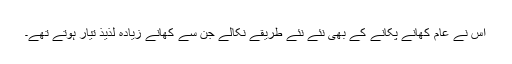
اُس نے عام کھانے پکانے کے بھی نئے نئے طریقے نکالے جن سے کھانے زیادہ لذیذ تیار ہوتے تھے۔